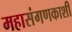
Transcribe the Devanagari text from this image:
महासंगणकाशी